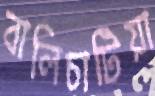
বালিচাটিয়া